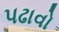
પઢાવો